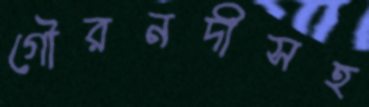
গৌরনদীসহ